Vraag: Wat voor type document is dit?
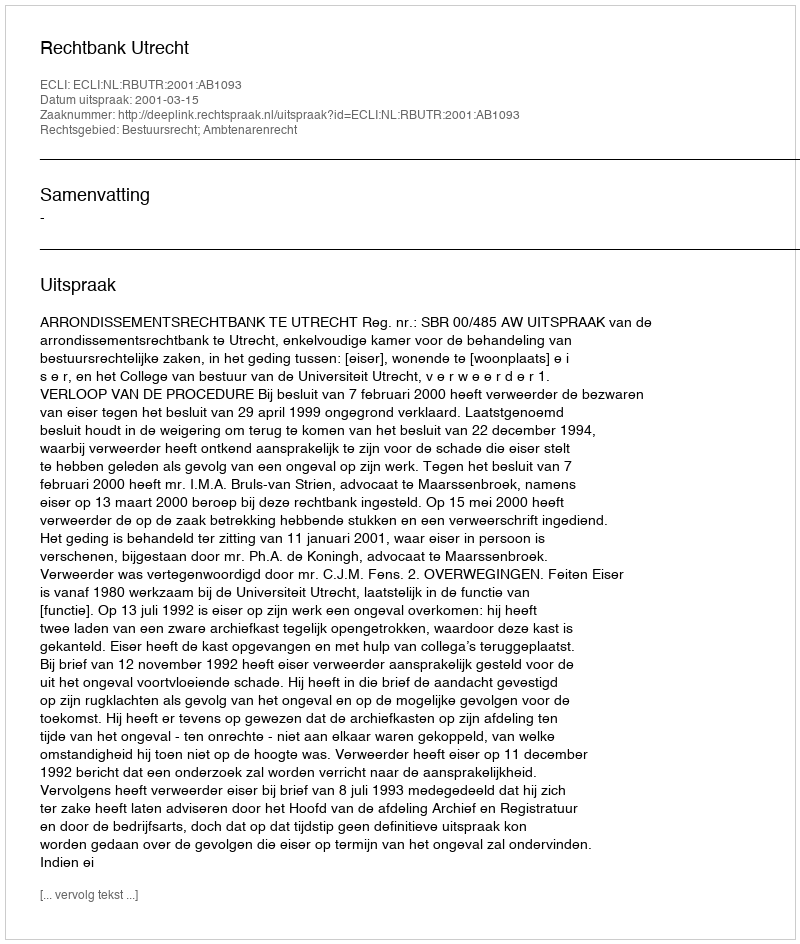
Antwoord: Uitspraak